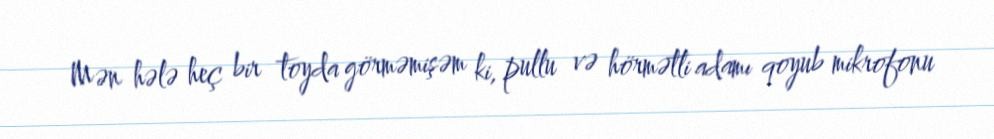
Mən hələ heç bir toyda görməmişəm ki, pullu və hörmətli adamı qoyub mikrofonu